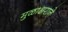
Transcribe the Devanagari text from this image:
मुळाक्षराने